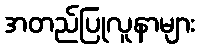
အတည်ပြုလူနာများ